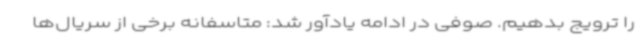
را ترویج بدهیم. صوفی در ادامه یادآور شد: متاسفانه برخی از سریال‌ها